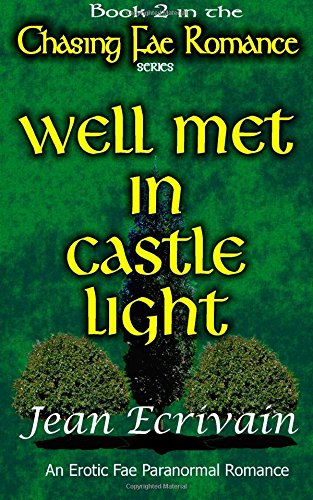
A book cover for Well Met in Castle Light: An Erotic Fae Paranormal Romance (Chasing Fae Romance) (Volume 2); Jean Ecrivain; Romance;